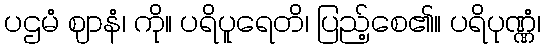
ပဌမံ ဈာနံ၊ ကို။ ပရိပူရေတိ၊ ပြည့်စေ၏။ ပရိပုဏ္ဏံ၊